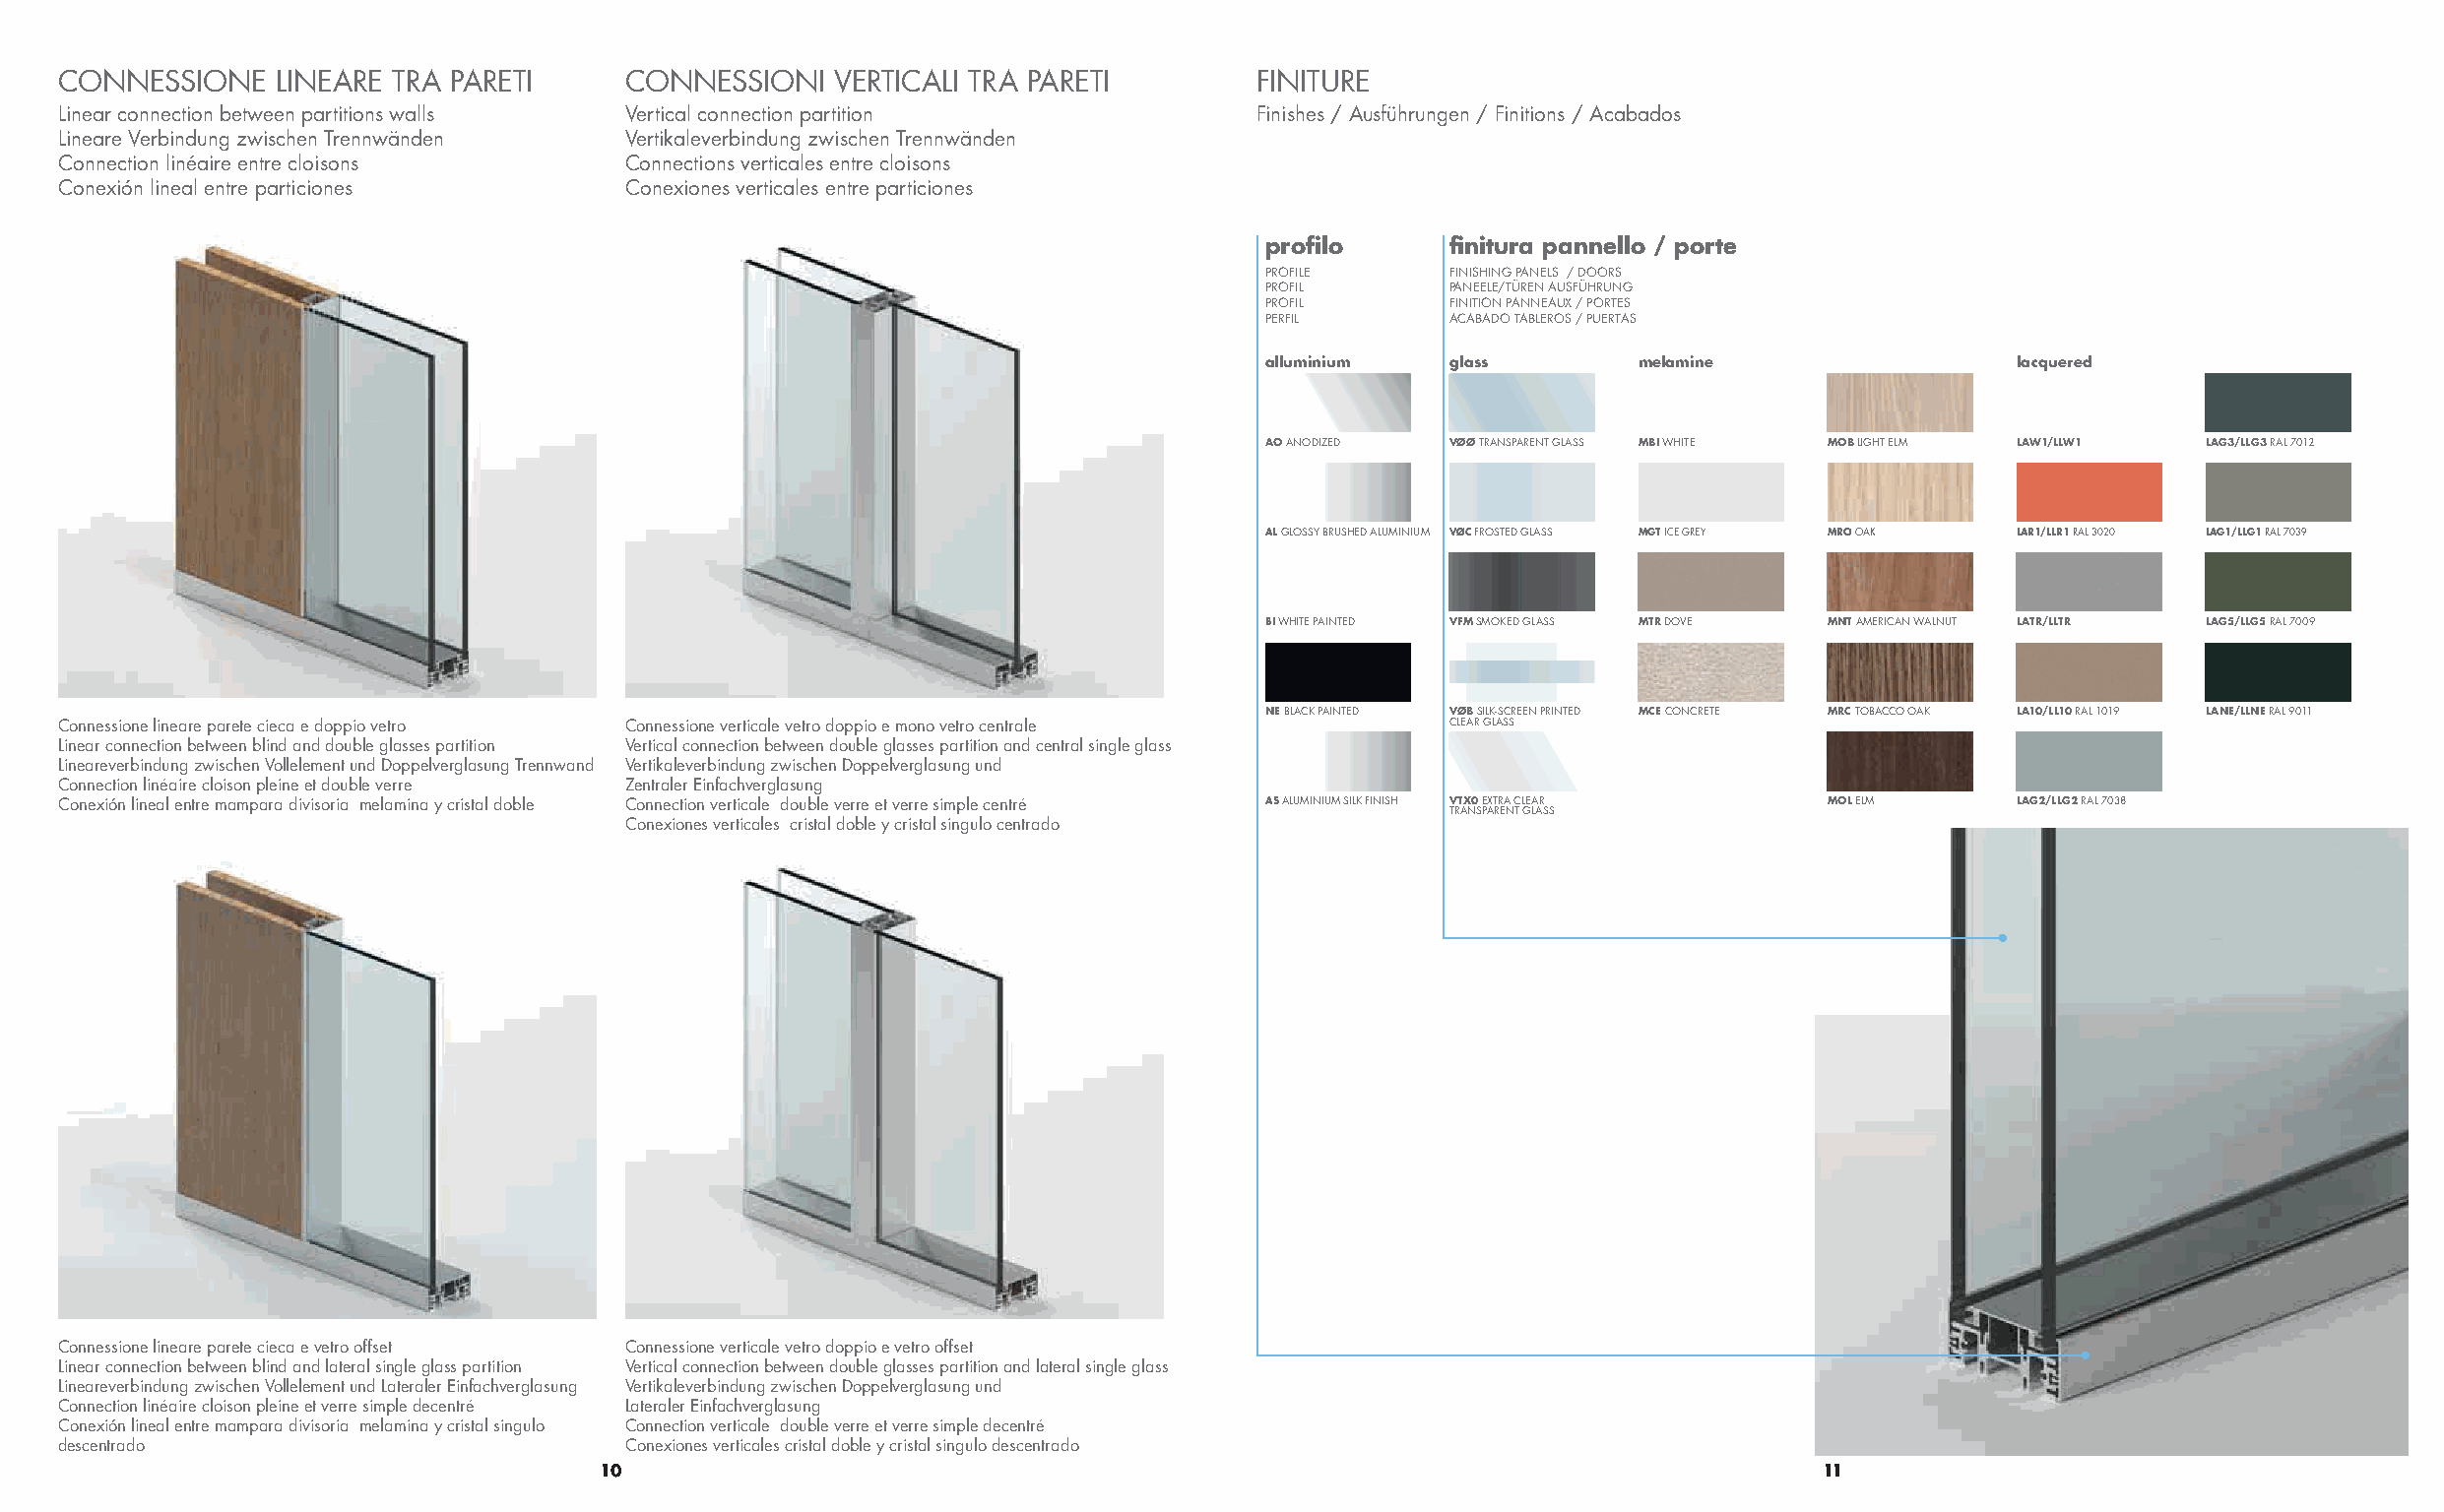
CONNESSIONE    LINEARE TRA PARETI     CONNESSIONI   VERTICALI TRA PARETI        FINITURE
 Linear connection between partitions walls Vertical connection partition        Finishes / Ausführungen / Finitions / Acabados
 Lineare Verbindung zwischen Trennwänden Vertikaleverbindung zwischen Trennwänden
 Connection linéaire entre cloisons    Connections verticales entre cloisons
 Conexión lineal entre particiones     Conexiones verticales entre particiones
 profilo     finitura pannello / porte
 PROFILE     FINISHING PANELS / DOORS
 PROFIL      PANEELE/TÜREN AUSFÜHRUNG
 PROFIL      FINITION PANNEAUX / PORTES
 PERFIL      ACABADO TABLEROS / PUERTAS
 alluminium  glass        melamine                  lacquered
 AO ANODIZED VØØ TRANSPARENT GLASS MBI WHITE MOB LIGHT ELM LAW1/LLW1 LAG3/LLG3 RAL 7012
 AL GLOSSY BRUSHED ALUMINIUM VØC FROSTED GLASS MGT ICE GREY MRO OAK LAR1/LLR1 RAL 3020 LAG1/LLG1 RAL 7039
 BI WHITE PAINTED VFM SMOKED GLASS MTR DOVE MNT AMERICAN WALNUT LATR/LLTR LAG5/LLG5 RAL 7009
 NE BLACK PAINTED VØB SILK-SCREEN PRINTED MCE CONCRETE MRC TOBACCO OAK LA10/LL10 RAL 1019 LANE/LLNE RAL 9011
 Connessione lineare parete cieca e doppio vetro Connessione verticale vetro doppio e mono vetro centrale CLEAR GLASS
 Linear connection between blind and double glasses partition Vertical connection between double glasses partition and central single glass
 Lineareverbindung zwischen Vollelement und Doppelverglasung Trennwand Vertikaleverbindung zwischen Doppelverglasung und
 Connection linéaire cloison pleine et double verre Zentraler Einfachverglasung
 Conexión lineal entre mampara divisoria melamina y cristal doble Connection verticale double verre et verre simple centré AS ALUMINIUM SILK FINISH VTX0 EXTRA CLEAR MOL ELM LAG2/LLG2 RAL 7038
 TRANSPARENT GLASS
 Conexiones verticales cristal doble y cristal singulo centrado
 Connessione lineare parete cieca e vetro offset Connessione verticale vetro doppio e vetro offset
 Linear connection between blind and lateral single glass partition Vertical connection between double glasses partition and lateral single glass
 Lineareverbindung zwischen Vollelement und Lateraler Einfachverglasung Vertikaleverbindung zwischen Doppelverglasung und
 Connection linéaire cloison pleine et verre simple decentré Lateraler Einfachverglasung
 Conexión lineal entre mampara divisoria melamina y cristal singulo Connection verticale double verre et verre simple decentré
 descentrado                           Conexiones verticales cristal doble y cristal singulo descentrado
 10                                                                                11